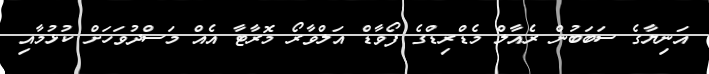
އަނިޔާގެ ސަބަބުން ރެއާލް މެޑްރިޑްގެ ފޯވާޑް އަލްވާރޯ މޮރާޓާ އެއް މަސްދުވަހަށް ކުޅުމާއި